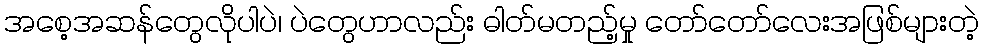
အစေ့အဆန်တွေလိုပါပဲ၊ ပဲတွေဟာလည်း ဓါတ်မတည့်မှု တော်တော်လေးအဖြစ်များတဲ့